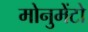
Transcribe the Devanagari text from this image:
मोनुमेंटो